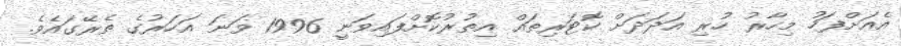
އެއަށްފަހު މިހާރު ހުރި އަދަދަށް ކޮޓަރިތައް އިތުރުކޮށްފައިވަނީ 1996 ވަނަ އަހަރުގެ ތެރޭގައެވެ.